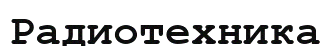
Радиотехника